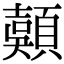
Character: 𩔄